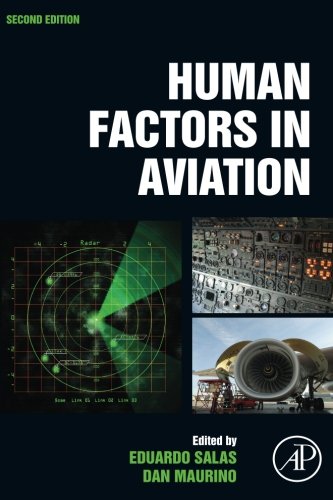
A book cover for Human Factors in Aviation, Second Edition; Engineering & Transportation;